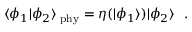
\langle \phi _ { 1 } | \phi _ { 2 } \rangle _ { \mathrm { \tiny ~ p h y } } = \eta ( | \phi _ { 1 } \rangle ) | \phi _ { 2 } \rangle \ \ .